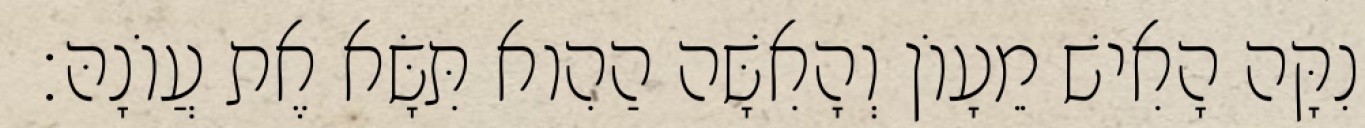
וְנִקָּה הָאִישׁ מֵעָוֹן וְהָאִשָּׁה הַהִוא תִּשָּׂא אֶת עֲוֹנָהּ׃